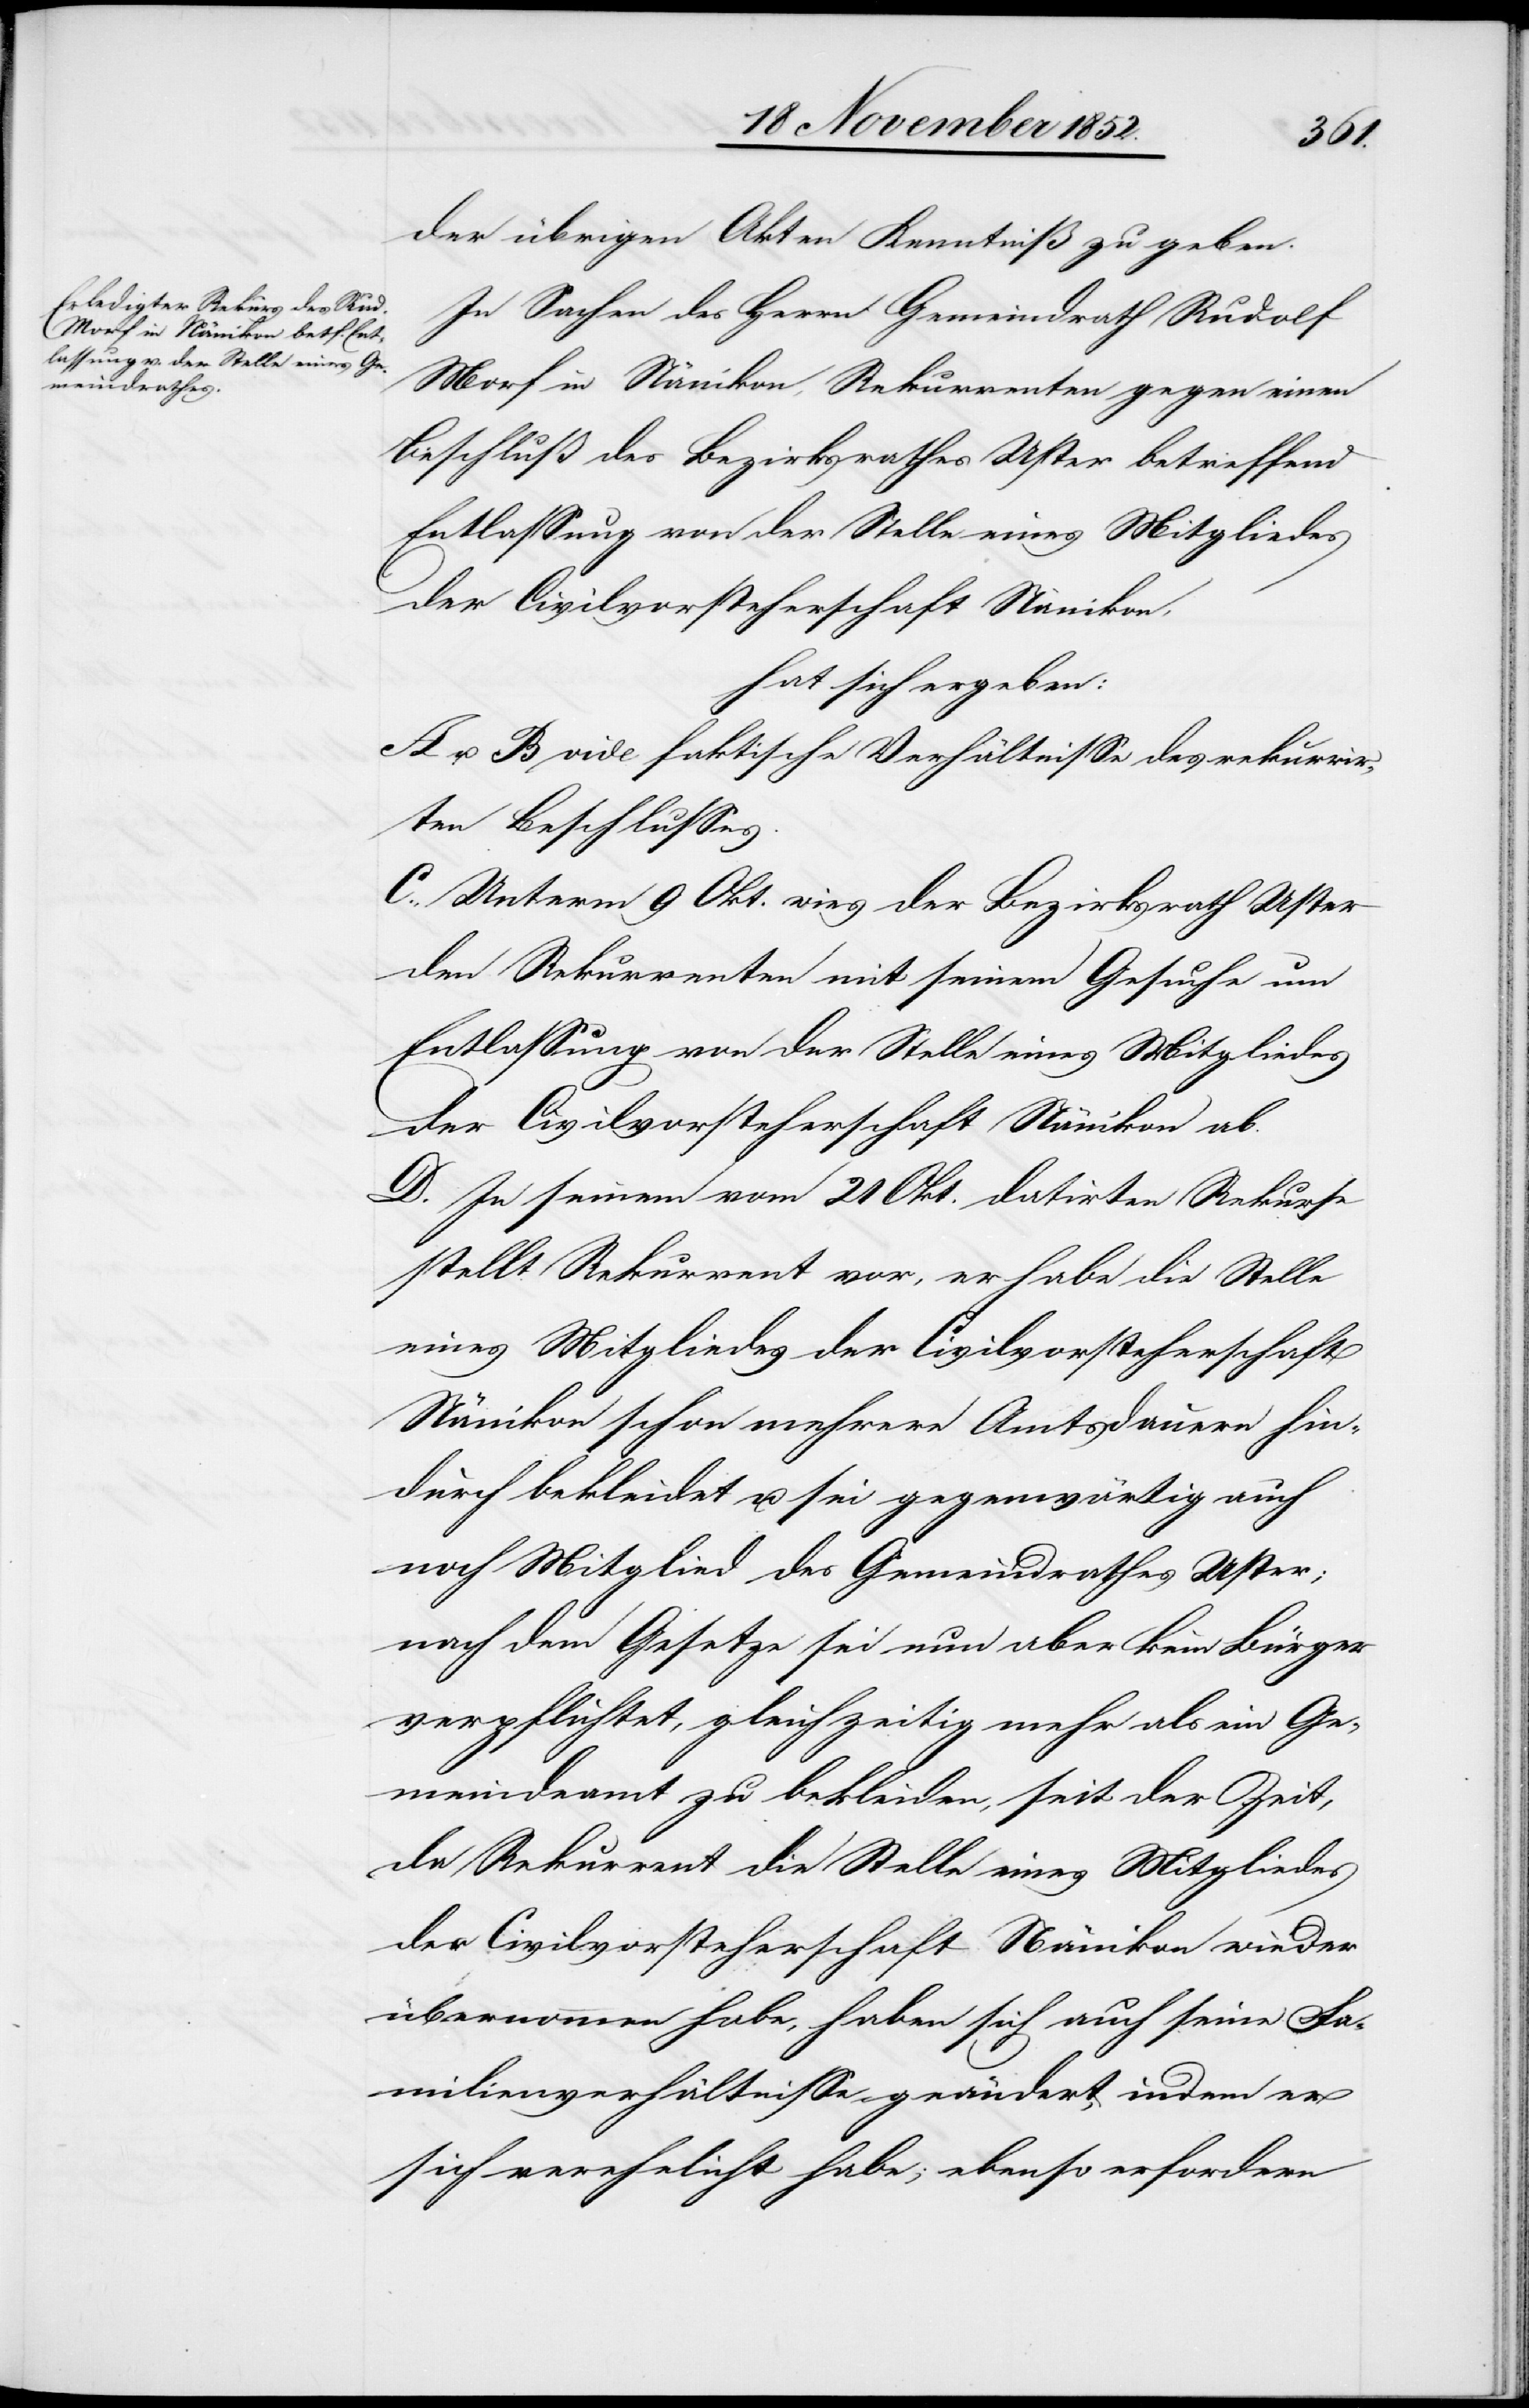
der übrigen Akten Kenntniß zu geben.
In Sachen des Herrn Gemeindrath Rudolf
Morf in Nänikon, Rekurrenten gegen einen
Beschluß des Bezirksrathes Uster betreffend
Entlassung von der Stelle eines Mitgliedes
der Civilvorsteherschaft Nänikon,
hat sich ergeben:
A u. B vide faktische Verhältnisse des rekurrir¬
ten Beschlusses.
C., Unterm 9 Okt. wies der Bezirksrath Uster
den Rekurrenten mit seinem Gesuche um
Entlassung von der Stelle eines Mitgliedes
der Civilvorsteherschaft Nänikon ab.
D. In seinem vom 21 Okt. datirten Rekurse
stellt Rekurrent vor, er habe die Stelle
eines Mitgliedes der Civilvorsteherschaft
Nänikon schon mehrere Amtsdauern hin¬
durch bekleidet u. sei gegenwärtig auch
noch Mitglied des Gemeindrathes Uster;
nach dem Gesetze sei nun aber kein Bürger
verpflichtet, gleichzeitig mehr als ein Ge¬
meindeamt zu bekleiden, seit der Zeit,
da Rekurrent die Stelle eines Mitgliedes
der Civilvorsteherschaft Nänikon wieder
übernommen habe, haben sich auch seine Fa¬
milienverhältnisse geändert, indem er
sich verehelicht habe; ebenso erfordern